Indian journal of veterinary science and animal husbandry - Volume 10,
Year: 1940
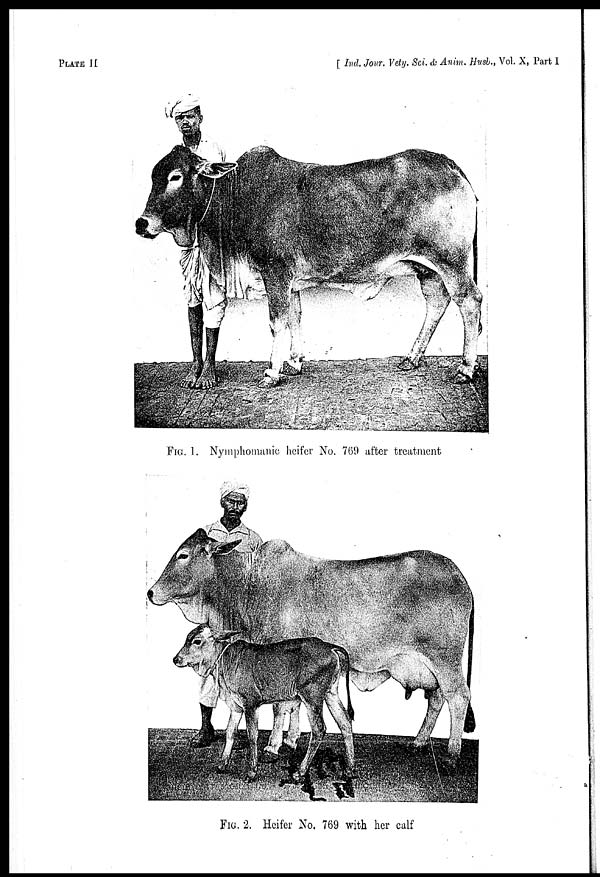
PLATE II
[Ind. Jour. Vety. Sci. & Anim. Husb., Vol. X, Part I
FIG. 1. Nymphomanic heifer No. 769 after treatment
FIG. 2. Heifer No. 769 with her calf